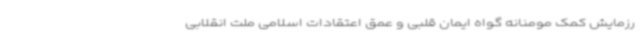
رزمایش کمک مومنانه گواه ایمان قلبی و عمق اعتقادات اسلامی ملت انقلابی